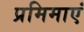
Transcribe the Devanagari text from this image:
प्रमिमाएं